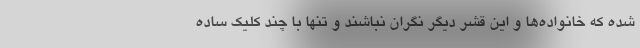
شده که خانواده‌ها و این قشر دیگر نگران نباشند و تنها با چند کلیک ساده